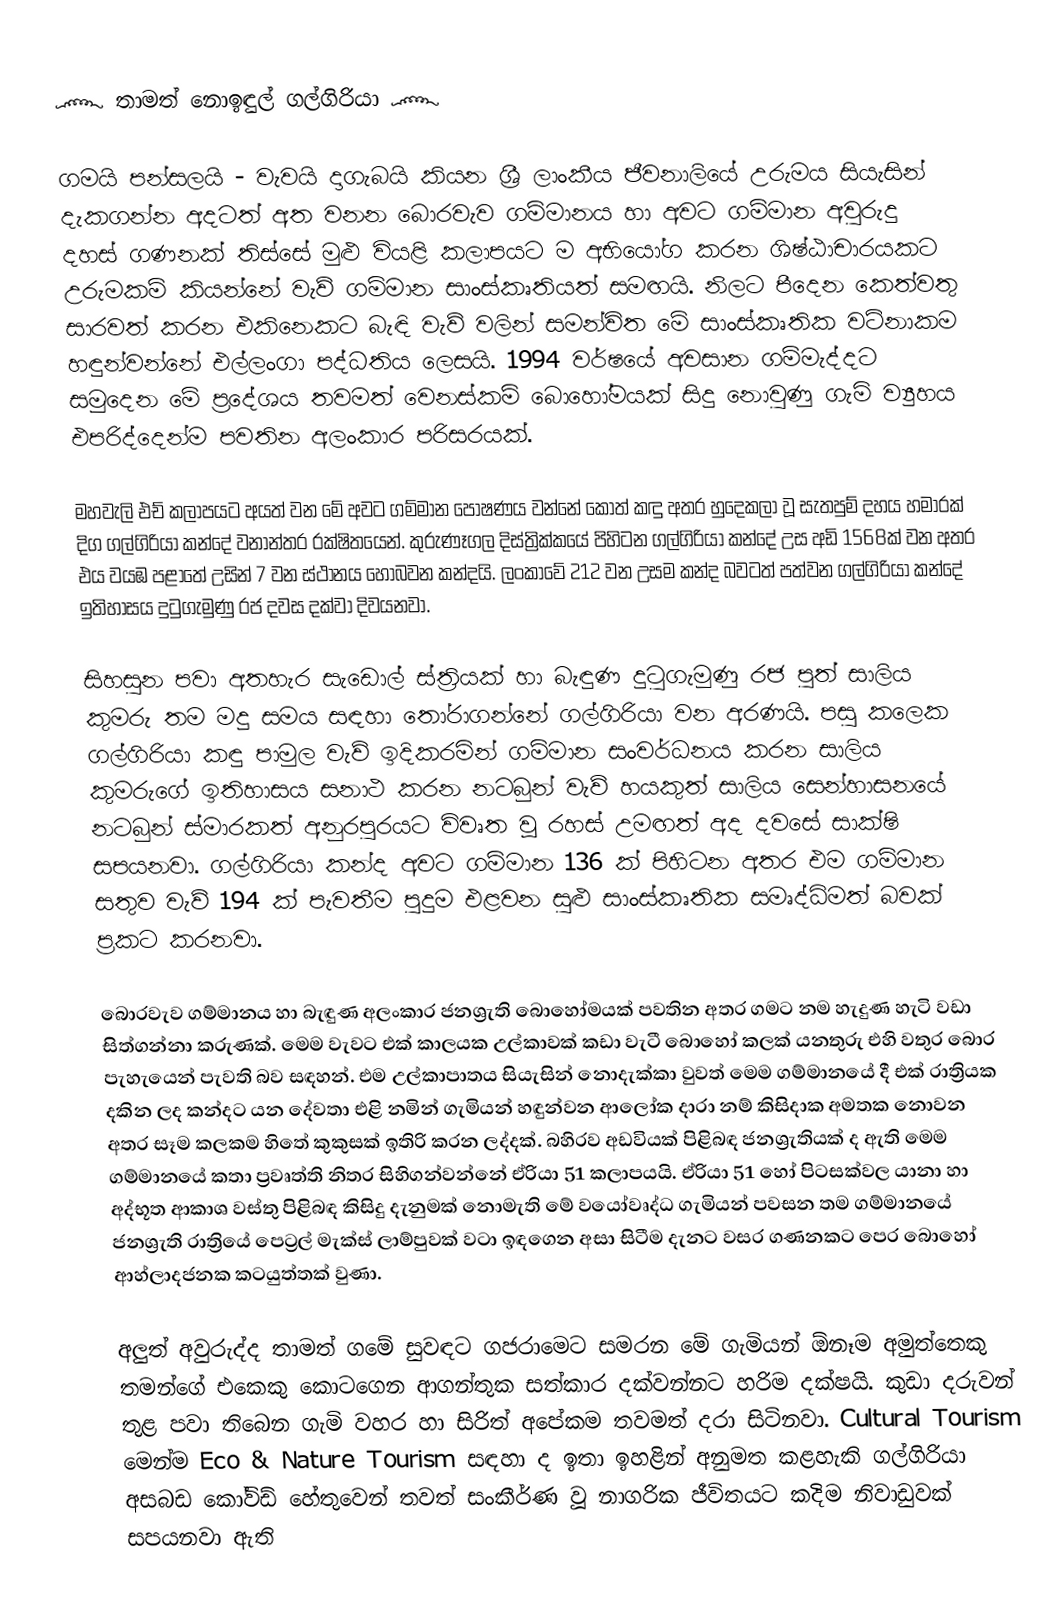
෴ තාමත් නොඉඳුල් ගල්ගිරියා ෴

   ගමයි පන්සලයි - වැවයි දාගැබයි කියන ශ්‍රී ලාංකීය ජීවනාලියේ උරුමය සියැසින් දැකගන්න අදටත් අත වනන බොරවැව ගම්මානය හා අවට ගම්මාන අවුරුදු දහස් ගණනක් තිස්සේ මුළු වියළි කලාපයට ම අභියෝග කරන ශිෂ්ඨාචාරයකට උරුමකම් කියන්නේ වැව් ගම්මාන සාංස්කෘතියත් සමඟයි. නිලට පීදෙන කෙත්වතු සාරවත් කරන එකිනෙකට බැඳි වැව් වලින් සමන්විත මේ සාංස්කෘතික වටිනාකම හඳුන්වන්නේ එල්ලංගා පද්ධතිය ලෙසයි. 1994 වර්ෂයේ අවසාන ගම්මැද්දට සමුදෙන මේ ප්‍රදේශය තවමත් වෙනස්කම් බොහෝමයක් සිදු  නොවුණු ගැමි ව්‍යුහය එපරිද්දෙන්ම පවතින අලංකාර පරිසරයක්.

මහවැලි එච් කලාපයට අයත් වන මේ අවට ගම්මාන පෝෂණය වන්නේ කොත් කඳු අතර හුදෙකලා වූ සැතපුම් දහය හමාරක් දිග ගල්ගිරියා කන්දේ වනාන්තර රක්ෂිතයෙන්. කුරුණෑගල දිස්ත්‍රික්කයේ පිහිටන ගල්ගිරියා කන්දේ උස අඩි 1568ක් වන අතර එය වයඹ පළාතේ උසින් 7 වන ස්ථානය හොබවන කන්දයි. ලංකාවේ 212 වන උසම කන්ද බවටත් පත්වන ගල්ගිරියා කන්දේ ඉතිහාසය දුටුගැමුණු රජ දවස දක්වා දිවයනවා.

සිහසුන පවා අතහැර සැඩොල් ස්ත්‍රියක් හා බැඳුණ දුටුගැමුණු රජ පුත් සාලිය කුමරු තම මදු සමය සඳහා තෝරාගන්නේ ගල්ගිරියා වන අරණයි. පසු කලෙක ගල්ගිරියා කඳු පාමුල වැව් ඉදිකරමින් ගම්මාන සංවර්ධනය කරන සාලිය කුමරුගේ ඉතිහාසය සනාථ කරන නටබුන් වැව් හයකුත් සාලිය සෙන්හාසනයේ නටබුන් ස්මාරකත් අනුරපුරයට විවෘත වූ රහස් උමඟත් අද දවසේ සාක්ෂි සපයනවා. ගල්ගිරියා කන්ද අවට ගම්මාන 136 ක් පිහිටන අතර එම ගම්මාන සතුව වැව් 194 ක් පැවතීම පුදුම එළවන සුළු සාංස්කෘතික සමෘද්ධිමත් බවක් ප්‍රකට කරනවා.

⁣බොරවැව ගම්මානය හා බැඳුණ අලංකාර ජනශ්‍රැති බොහෝමයක් පවතින අතර ගමට නම හැදුණ හැටි වඩා සිත්ගන්නා කරුණක්. මෙම වැවට එක් කාලයක උල්කාවක් කඩා වැටී බොහෝ කලක් යනතුරු එහි වතුර බොර පැහැයෙන් පැවති බව සඳහන්. එම උල්කාපාතය සියැසින් නොදැක්කා වුවත් මෙම ගම්මානයේ දී එක් රාත්‍රියක දකින ලද කන්දට යන දේවතා එළි නමින් ගැමියන් හඳුන්වන ආලෝක දාරා නම් කිසිදාක අමතක නොවන අතර සෑම කලකම හිතේ කුකුසක් ඉතිරි කරන ලද්දක්. බහිරව අඩවියක් පිළිබඳ ජනශ්‍රැතියක් ද ඇති මෙම ගම්මානයේ කතා ප්‍රවෘත්ති නිතර සිහිගන්වන්නේ ඒරියා 51 කලාපයයි. ඒරියා 51 හෝ පිටසක්වල යානා හා අද්භූත ආකාශ වස්තු පිළිබඳ කිසිදු දැනුමක් නොමැති මේ වයෝවෘද්ධ ගැමියන් පවසන තම ගම්මානයේ ජනශ්‍රැති රාත්‍රියේ පෙට්‍රල් මැක්ස් ලාම්පුවක් වටා ඉඳගෙන අසා සිටීම දැනට වසර ගණනකට පෙර බොහෝ ආහ්ලාදජනක කටයුත්තක් වුණා.

අලුත් අවුරුද්ද තාමත් ගමේ සුවඳට ගජරාමෙට සමරන මේ ගැමියන් ඕනෑම අමුත්තෙකු තමන්ගේ එකෙකු කොටගෙන ආගන්තුක සත්කාර දක්වන්නට හරිම දක්ෂයි. කුඩා දරුවන් තුළ පවා තිබෙන ගැමි වහර හා සිරිත් අපේකම තවමත් දරා සිටිනවා. Cultural Tourism මෙන්ම Eco & Nature Tourism සඳහා ද ඉතා ඉහළින් අනුමත කළහැකි ගල්ගිරියා අසබඩ කෝවිඩ් හේතුවෙන් තවත් සංකීර්ණ වූ නාගරික ජීවිතයට කදිම නිවාඩුවක් සපයනවා ඇති